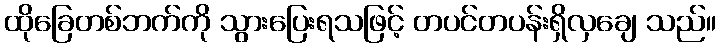
ထိုခြေတစ်ဘက်ကို သွားပြေးရသဖြင့် တပင်တပန်းရှိလှချေ သည်။